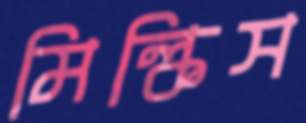
মিল্কিস